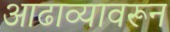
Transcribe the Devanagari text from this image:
आढाव्यावरून